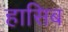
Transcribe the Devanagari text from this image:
हासिब